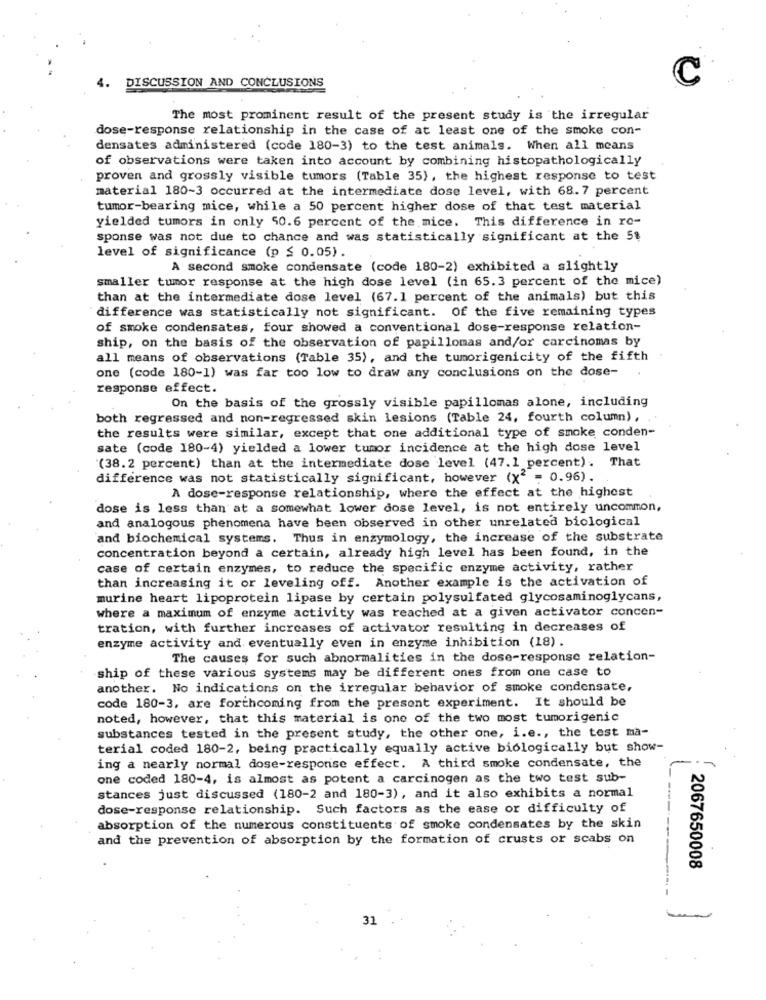
4.
C
DISCUSSION AND CONCLUSIONS
The most prominent result of the present study is the irregular
dose-response relationship in the case of at least one of the smoke con-
densates administered (code 180-3) to the test animals. When all means
of observations were taken into account by combining histopathologically
proven and grossly visible tumors (Table 35), the highest response to test
material 180-3 occurred at the intermediate dose level, with 68.7 percent
tumor-bearing mice, while a 50 percent higher dose of that test material
yielded tumors in only 50.6 percent of the mice. This difference in ro-
sponse was not due to chance and was statistically significant at the 5$
level of significance (p $ 0.05).
A second smoke condensate (code 180-2) exhibited a slightly
smaller tumor response at the high dose level (in 65.3 percent of the mice)
than at the intermediate dose level (67.1 percent of the animals) but this
difference was statistically not significant. Of the five remaining types
of smoke condensates, four showed a conventional dose-response relation-
ship, on the basis of the observation of papillomas and/or carcinomas by
all means of observations (Table 35), and the tumorigenicity of the fifth
one (code 180-1) was far too low to draw any conclusions on the dose- .
response effect.
On the basis of the grossly visible papillomas alone, including
both regressed and non-regressed skin lesions (Table 24, fourth column),
the results were similar, except that one additional type of smoke conden-
sate (code 180-4) yielded a lower tumor incidence at the high dose level
"(38.2 percent) than at the intermediate dose level (47.1 percent). That
difference was not statistically significant, however (X2 = 0.96).
A dose-response relationship, where the effect at the highest
dose is less than at a somewhat lower dose level, is not entirely uncommon,
and analogous phenomena have been observed in other unrelated biological
and biochemical systems. Thus in enzymology, the increase of the substrate
concentration beyond a certain, already high level has been found, in the
case of certain enzymes, to reduce the specific enzyme activity, rather
than increasing it or leveling off. Another example is the activation of
murine heart lipoprotein lipase by certain polysulfated glycosaminoglycans,
where a maximum of enzyme activity was reached at a given activator concen-
tration, with further increases of activator resulting in decreases of
enzyme activity and eventually even in enzyme inhibition (18).
The causes for such abnormalities in the dose-response relation-
ship of these various systems may be different ones from one case to
another. No indications on the irregular behavior of smoke condensate,
code 180-3, are forthcoming from the present experiment. It should be
noted, however, that this material is one of the two most tumorigenic
substances tested in the present study, the other one, i.e ., the test ma-
terial coded 180-2, being practically equally active biologically but show-
ing a nearly normal dose-response effect. A third smoke condensate, the
one coded 180-4, is almost as potent a carcinogen as the two test sub-
stances just discussed (180-2 and 180-3), and it also exhibits a normal
dose-response relationship. Such factors as the ease or difficulty of
absorption of the numerous constituents of smoke condensates by the skin
and the prevention of absorption by the formation of crusts or scabs on
2067650008
31